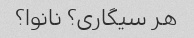
هر سیگاری؟ نانوا؟